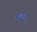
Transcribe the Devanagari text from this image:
क़बज़े